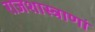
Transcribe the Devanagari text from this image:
राजशास्त्राणां